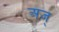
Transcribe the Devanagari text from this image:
अज्